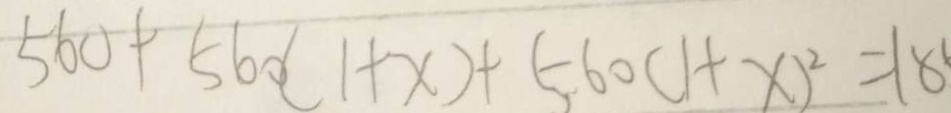
5 6 0 + 5 6 0 ( 1 + x ) + 5 . 6 0 ( 1 + x ) ^ { 2 } = 1 8 0